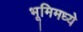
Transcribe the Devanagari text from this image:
भूमिमध्ये